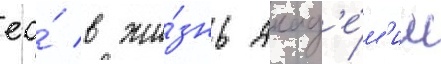
ео́ в жи́знь акад'е́м'ии